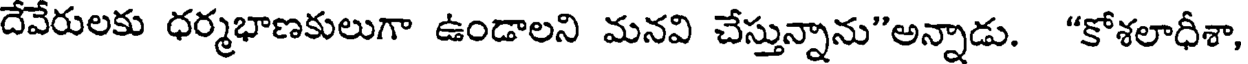
దేవేరులకు ధర్మభాణకులుగా ఉండాలని మనవి చేస్తున్నాను"అన్నాడు. "కోశలాధీశా